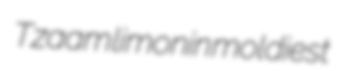
Tzaam limonin moldiest